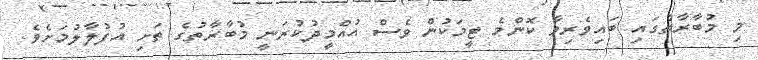
މި މުބާރާތުގައި ބައިވެރިވާ ކޮންމެ ޓީމަކުން ވެސް އުއްމީދުކުރަނީ މުބާރާތުގެ ތަށި އުފުލާލުމަށެވެ.